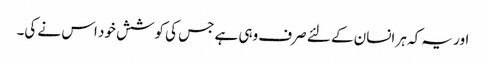
اور یہ کہ ہر انسان کے لئے صرف وہی ہے جس کی کوشش خود اس نے کی۔